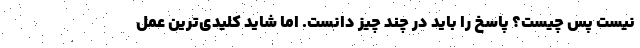
نیست پس چیست؟ پاسخ را باید در چند چیز دانست. اما شاید کلیدی‌ترین عمل